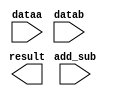
module ADDSUBWIDE (
	add_sub,
	dataa,
	datab,
	result);

	input	  add_sub;
	input	[25:0]  dataa;
	input	[25:0]  datab;
	output	[25:0]  result;

endmodule